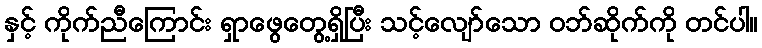
နှင့် ကိုက်ညီကြောင်း ရှာဖွေတွေ့ရှိပြီး သင့်လျော်သော ဝဘ်ဆိုက်ကို တင်ပါ။